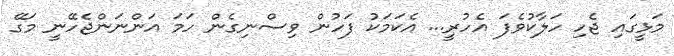
މަޅީގައި ޖެހި ހަލާކުވެފަ އެހުރީ... އެކަމަކު ފަހުން ވިސްނިގެން ހަމަ އަންނަންޖެހޭނީ މަގޭ